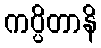
ကပ္ပိတာနိ